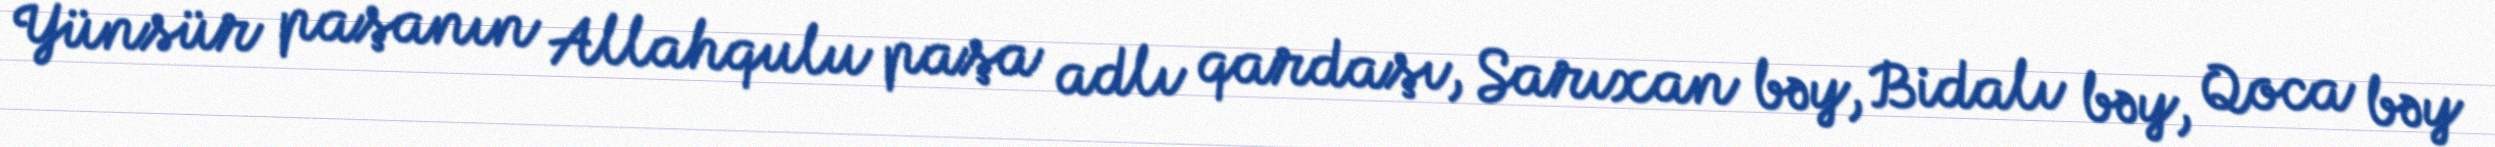
Yünsür paşanın Allahqulu paşa adlı qardaşı, Sarıxan bəy, Bidalı bəy, Qoca bəy